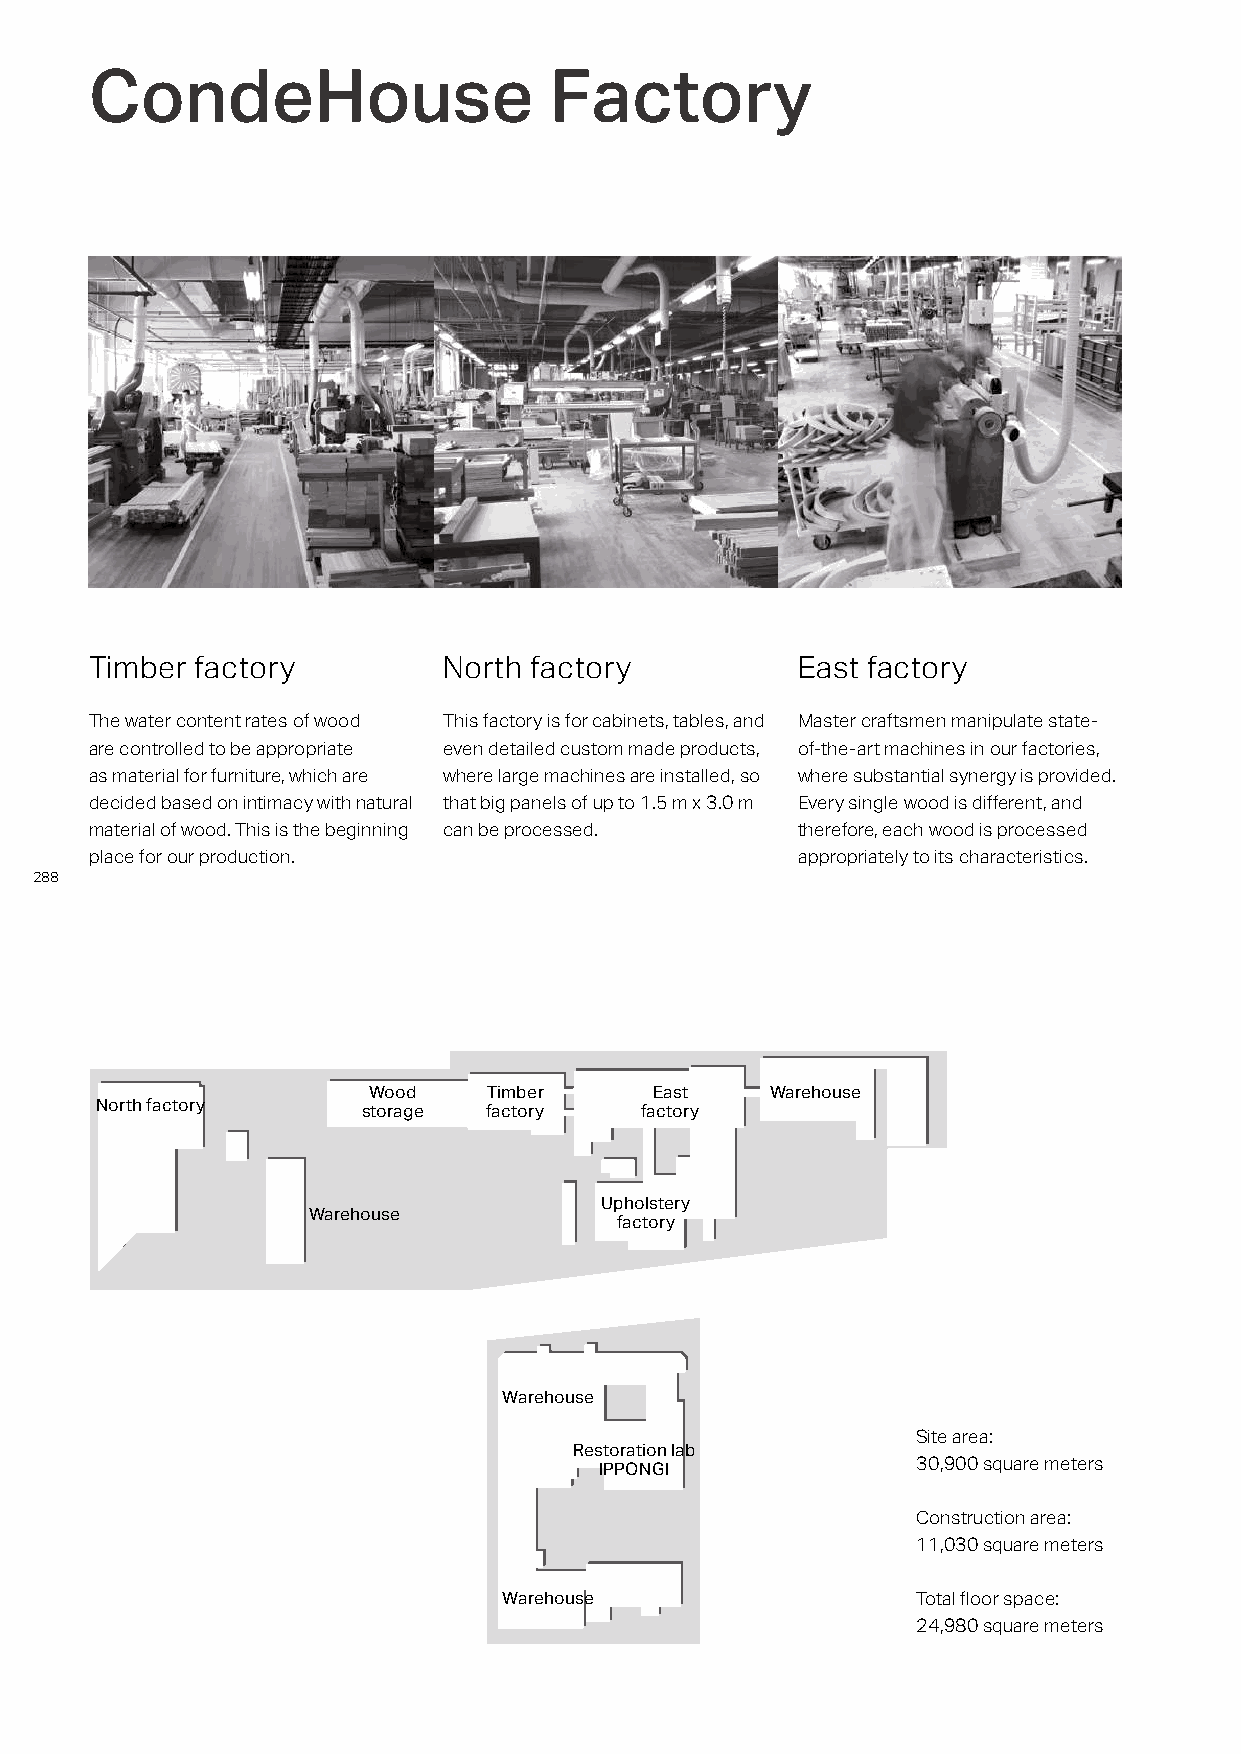
CondeHouse                    Factory
 Timber factory         North factory           East factory
 The water content rates of wood This factory is for cabinets, tables, and Master craftsmen manipulate state-
 are controlled to be appropriate even detailed custom made products, of-the-art machines in our factories,
 as material for furniture, which are where large machines are installed, so where substantial synergy is provided.
 decided based on intimacy with natural that big panels of up to 1.5 m x 3.0 m Every single wood is different, and
 material of wood. This is the beginning can be processed. therefore, each wood is processed
 place for our production.                      appropriately to its characteristics.
 288
 Wood    Timber     East    Warehouse
 North factory     storage factory   factory
 Upholstery
 Warehouse
 factory
 Warehouse
 Site area:
 Restoration lab
 IPPONGI              30,900 square meters
 Construction area:
 11,030 square meters
 Warehouse                   Total floor space:
 24,980 square meters